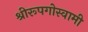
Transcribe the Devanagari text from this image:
श्रीरूपगोस्वामी